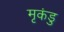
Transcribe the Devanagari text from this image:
मृकंडु